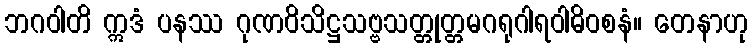
ဘဂဝါတိ ဣဒံ ပနဿ ဂုဏဝိသိဋ္ဌသဗ္ဗသတ္တုတ္တမဂရုဂါရဝါဓိဝစနံ။ တေနာဟု